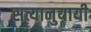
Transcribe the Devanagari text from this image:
सत्यानुयायी